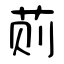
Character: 荝